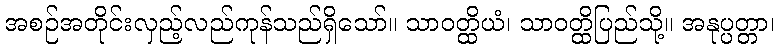
အစဉ်အတိုင်းလှည့်လည်ကုန်သည်ရှိသော်။ သာဝတ္ထိယံ၊ သာဝတ္ထိပြည်သို့။ အနုပ္ပတ္တာ၊